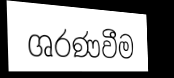
ශරණවීම